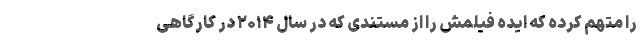
را متهم کرده که ایده فیلمش را از مستندی که در سال ۲۰۱۴ در کارگاهی